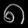
Digit: ၈